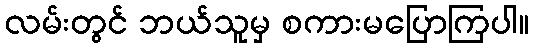
လမ်းတွင် ဘယ်သူမှ စကားမပြောကြပါ။